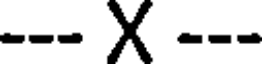
--- X ---